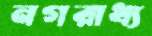
নগরাধ্য